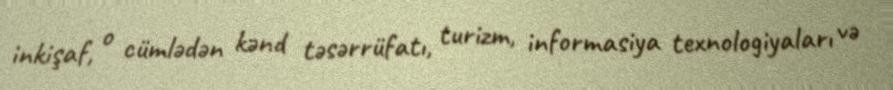
inkişaf, o cümlədən kənd təsərrüfatı, turizm, informasiya texnologiyaları və